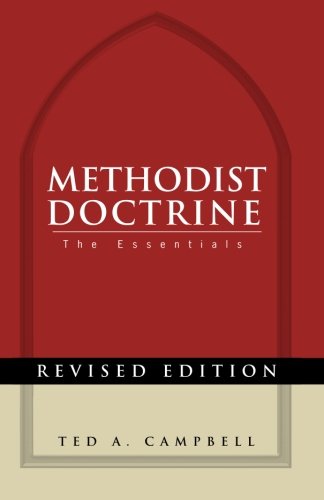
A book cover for Methodist Doctrine: The Essentials, Revised Edition; Ted A. Campbell; Christian Books & Bibles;